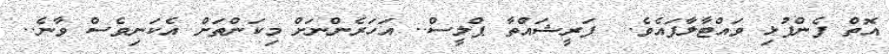
އޮތް ފެންފުޅި ވައްޓާލާފައެވެ.  ފަރީޝައްތާ ޕްލީސް.. އަހަރެންނަށް މިކަންތަށް އެކަނިވެސް ވާނެ..